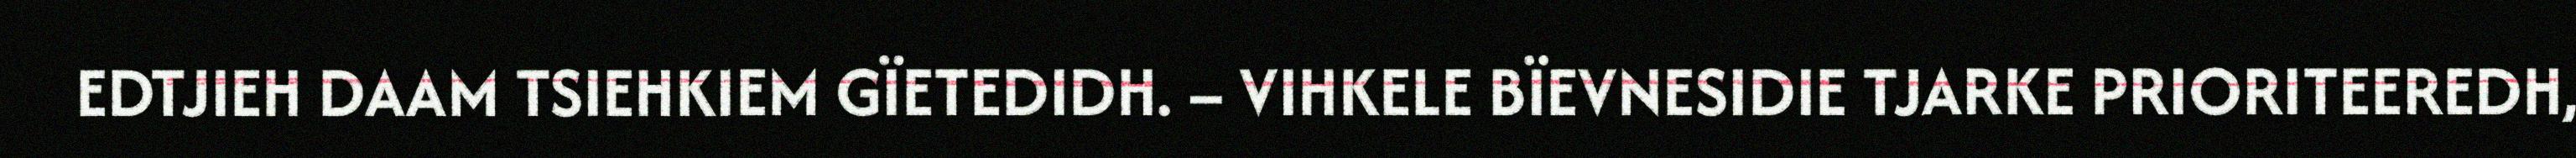
EDTJIEH DAAM TSIEHKIEM GÏETEDIDH. – VIHKELE BÏEVNESIDIE TJARKE PRIORITEEREDH,